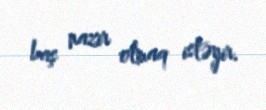
baş nazir olmaq istəyir.